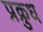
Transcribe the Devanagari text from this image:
प्रक्रुध